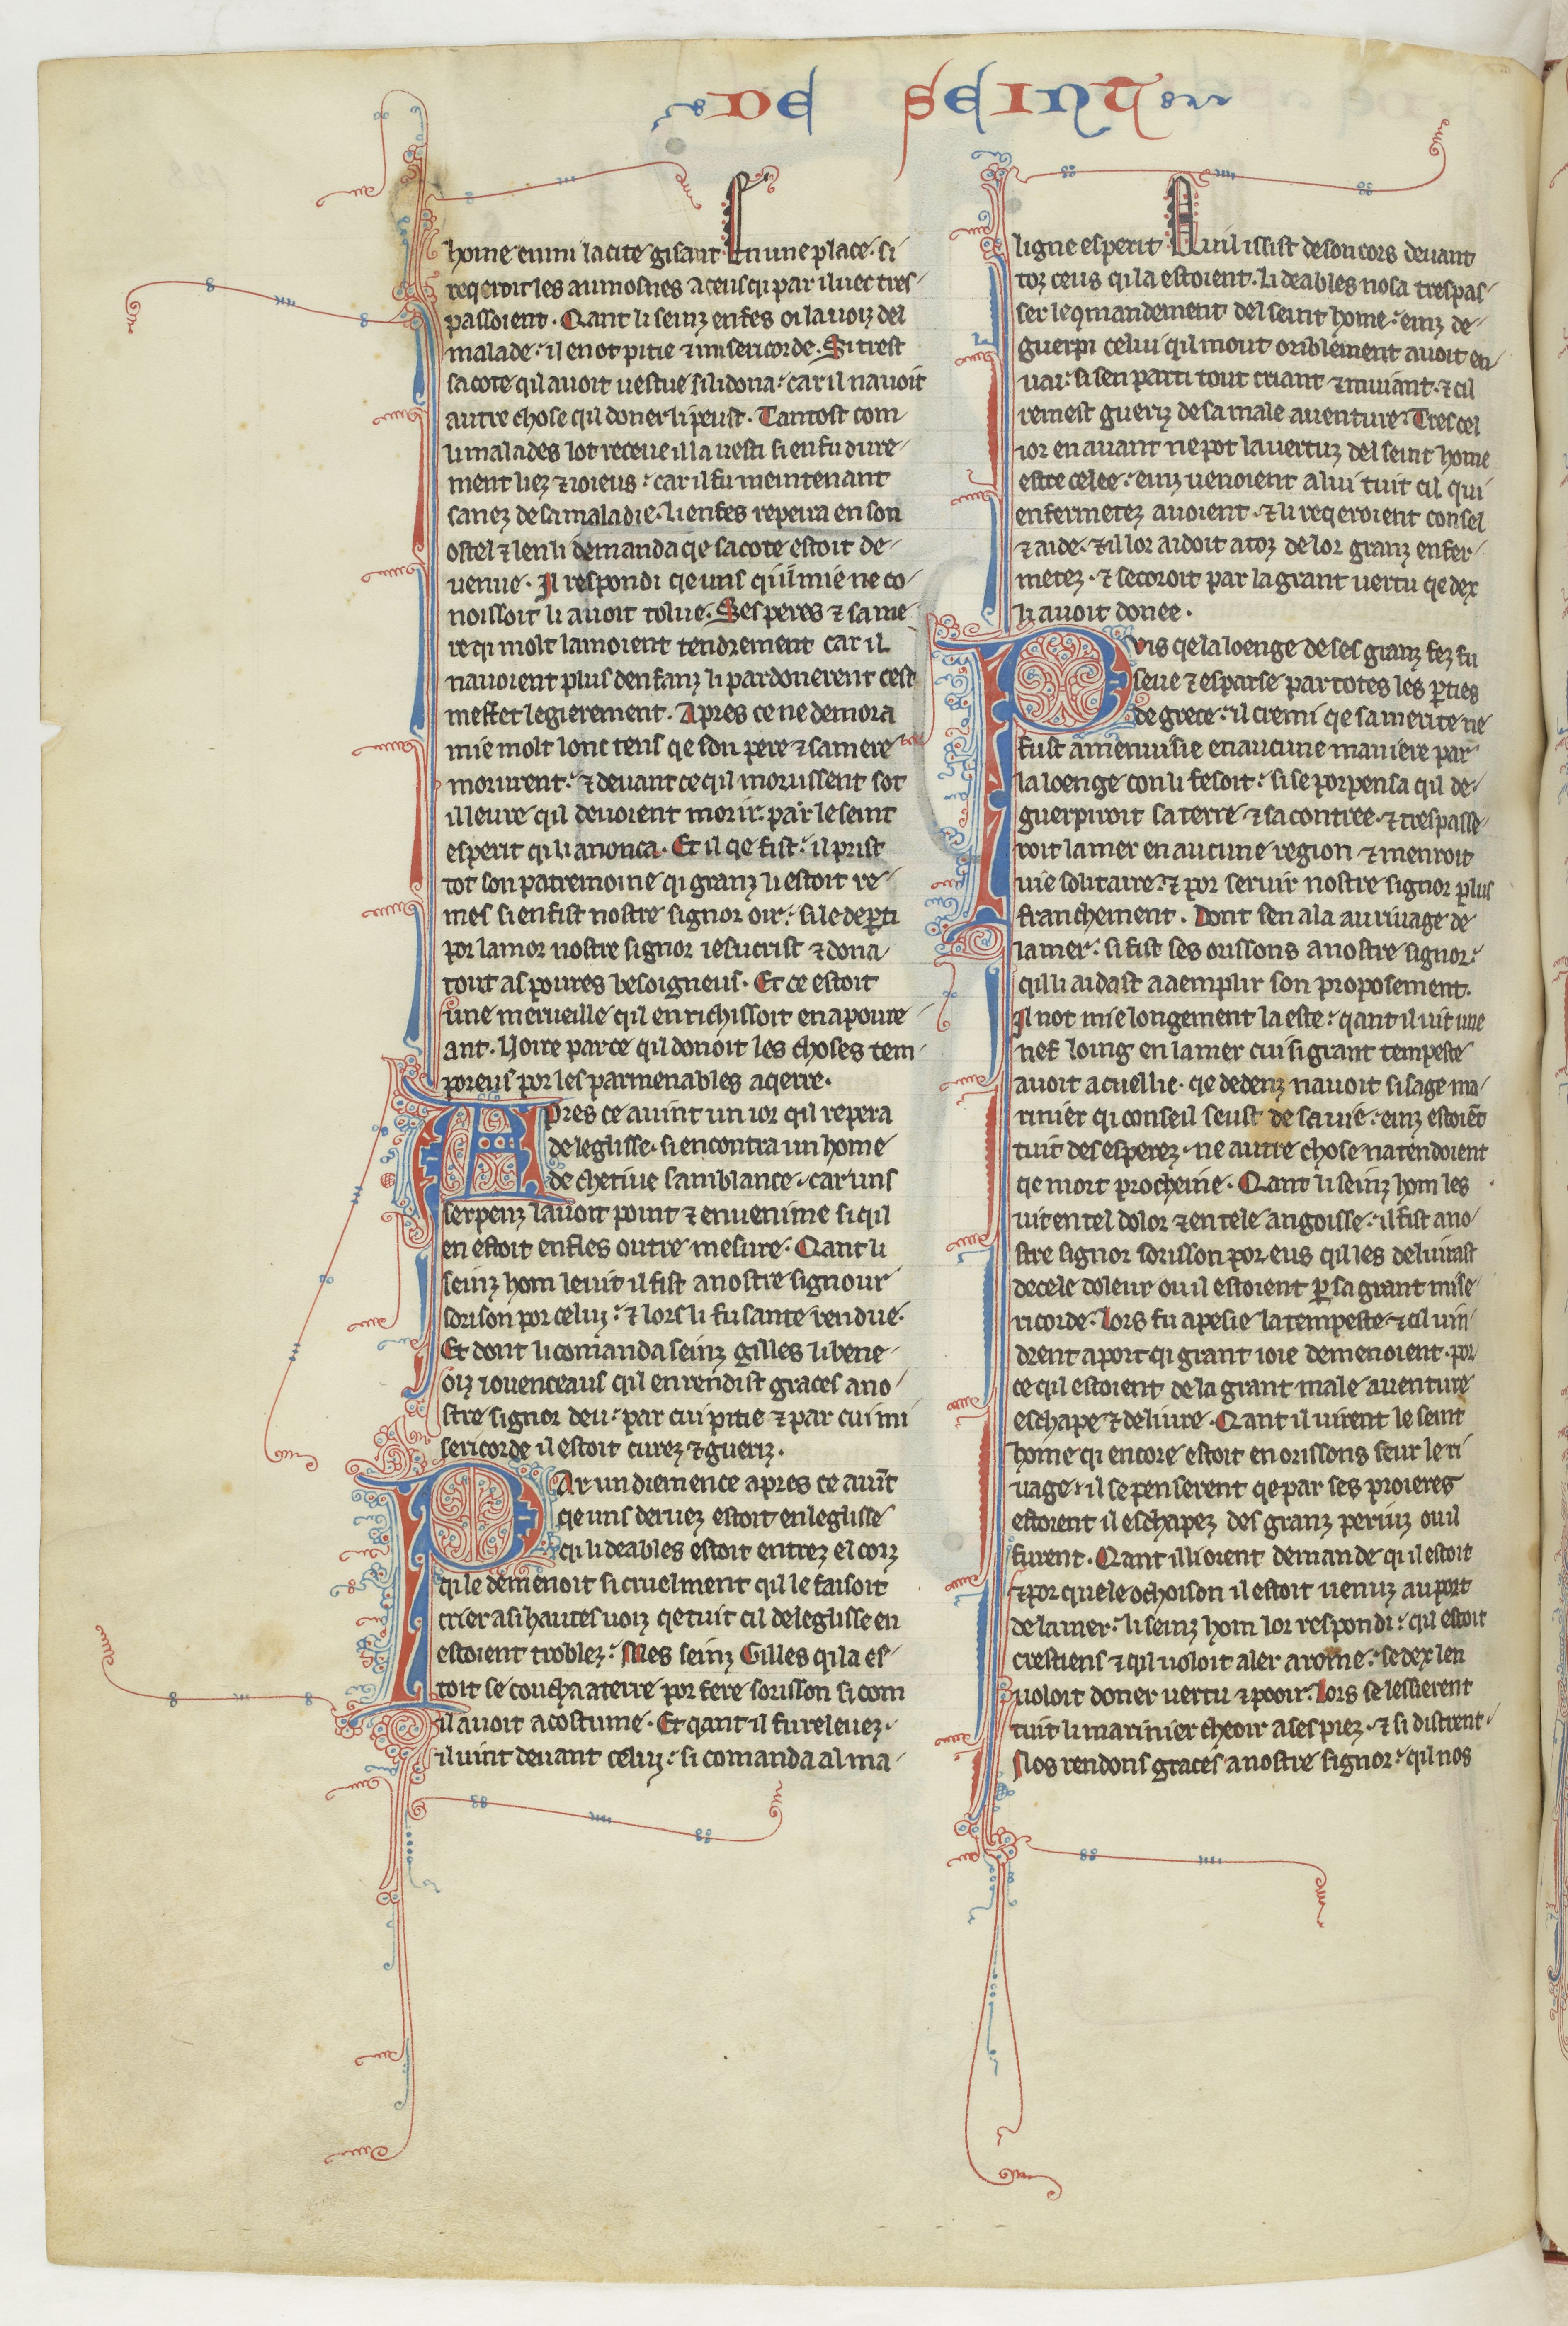
Shelfmark: Paris, BnF, fr. 412
Century: 13